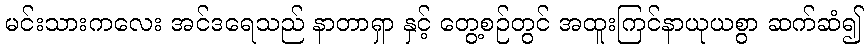
မင်းသားကလေး အင်ဒရေသည် နာတာရှာ နှင့် တွေ့စဉ်တွင် အထူးကြင်နာယုယစွာ ဆက်ဆံ၍